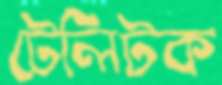
টেলিটক